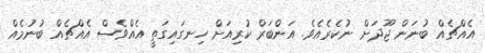
އެއްޗެއް ބުނަން ޖޫދަށް ނުކެރެއެވެ. އަންބަރް ކުރިއަށް ހިނގައިގަތީ އެއްވެސް އެއްޗެއް ބުނުމެއް